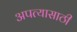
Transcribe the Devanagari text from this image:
अपत्यासाठी